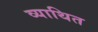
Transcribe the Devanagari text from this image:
व्याथित